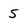
Character: 5